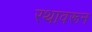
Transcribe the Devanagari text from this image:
रथावरून